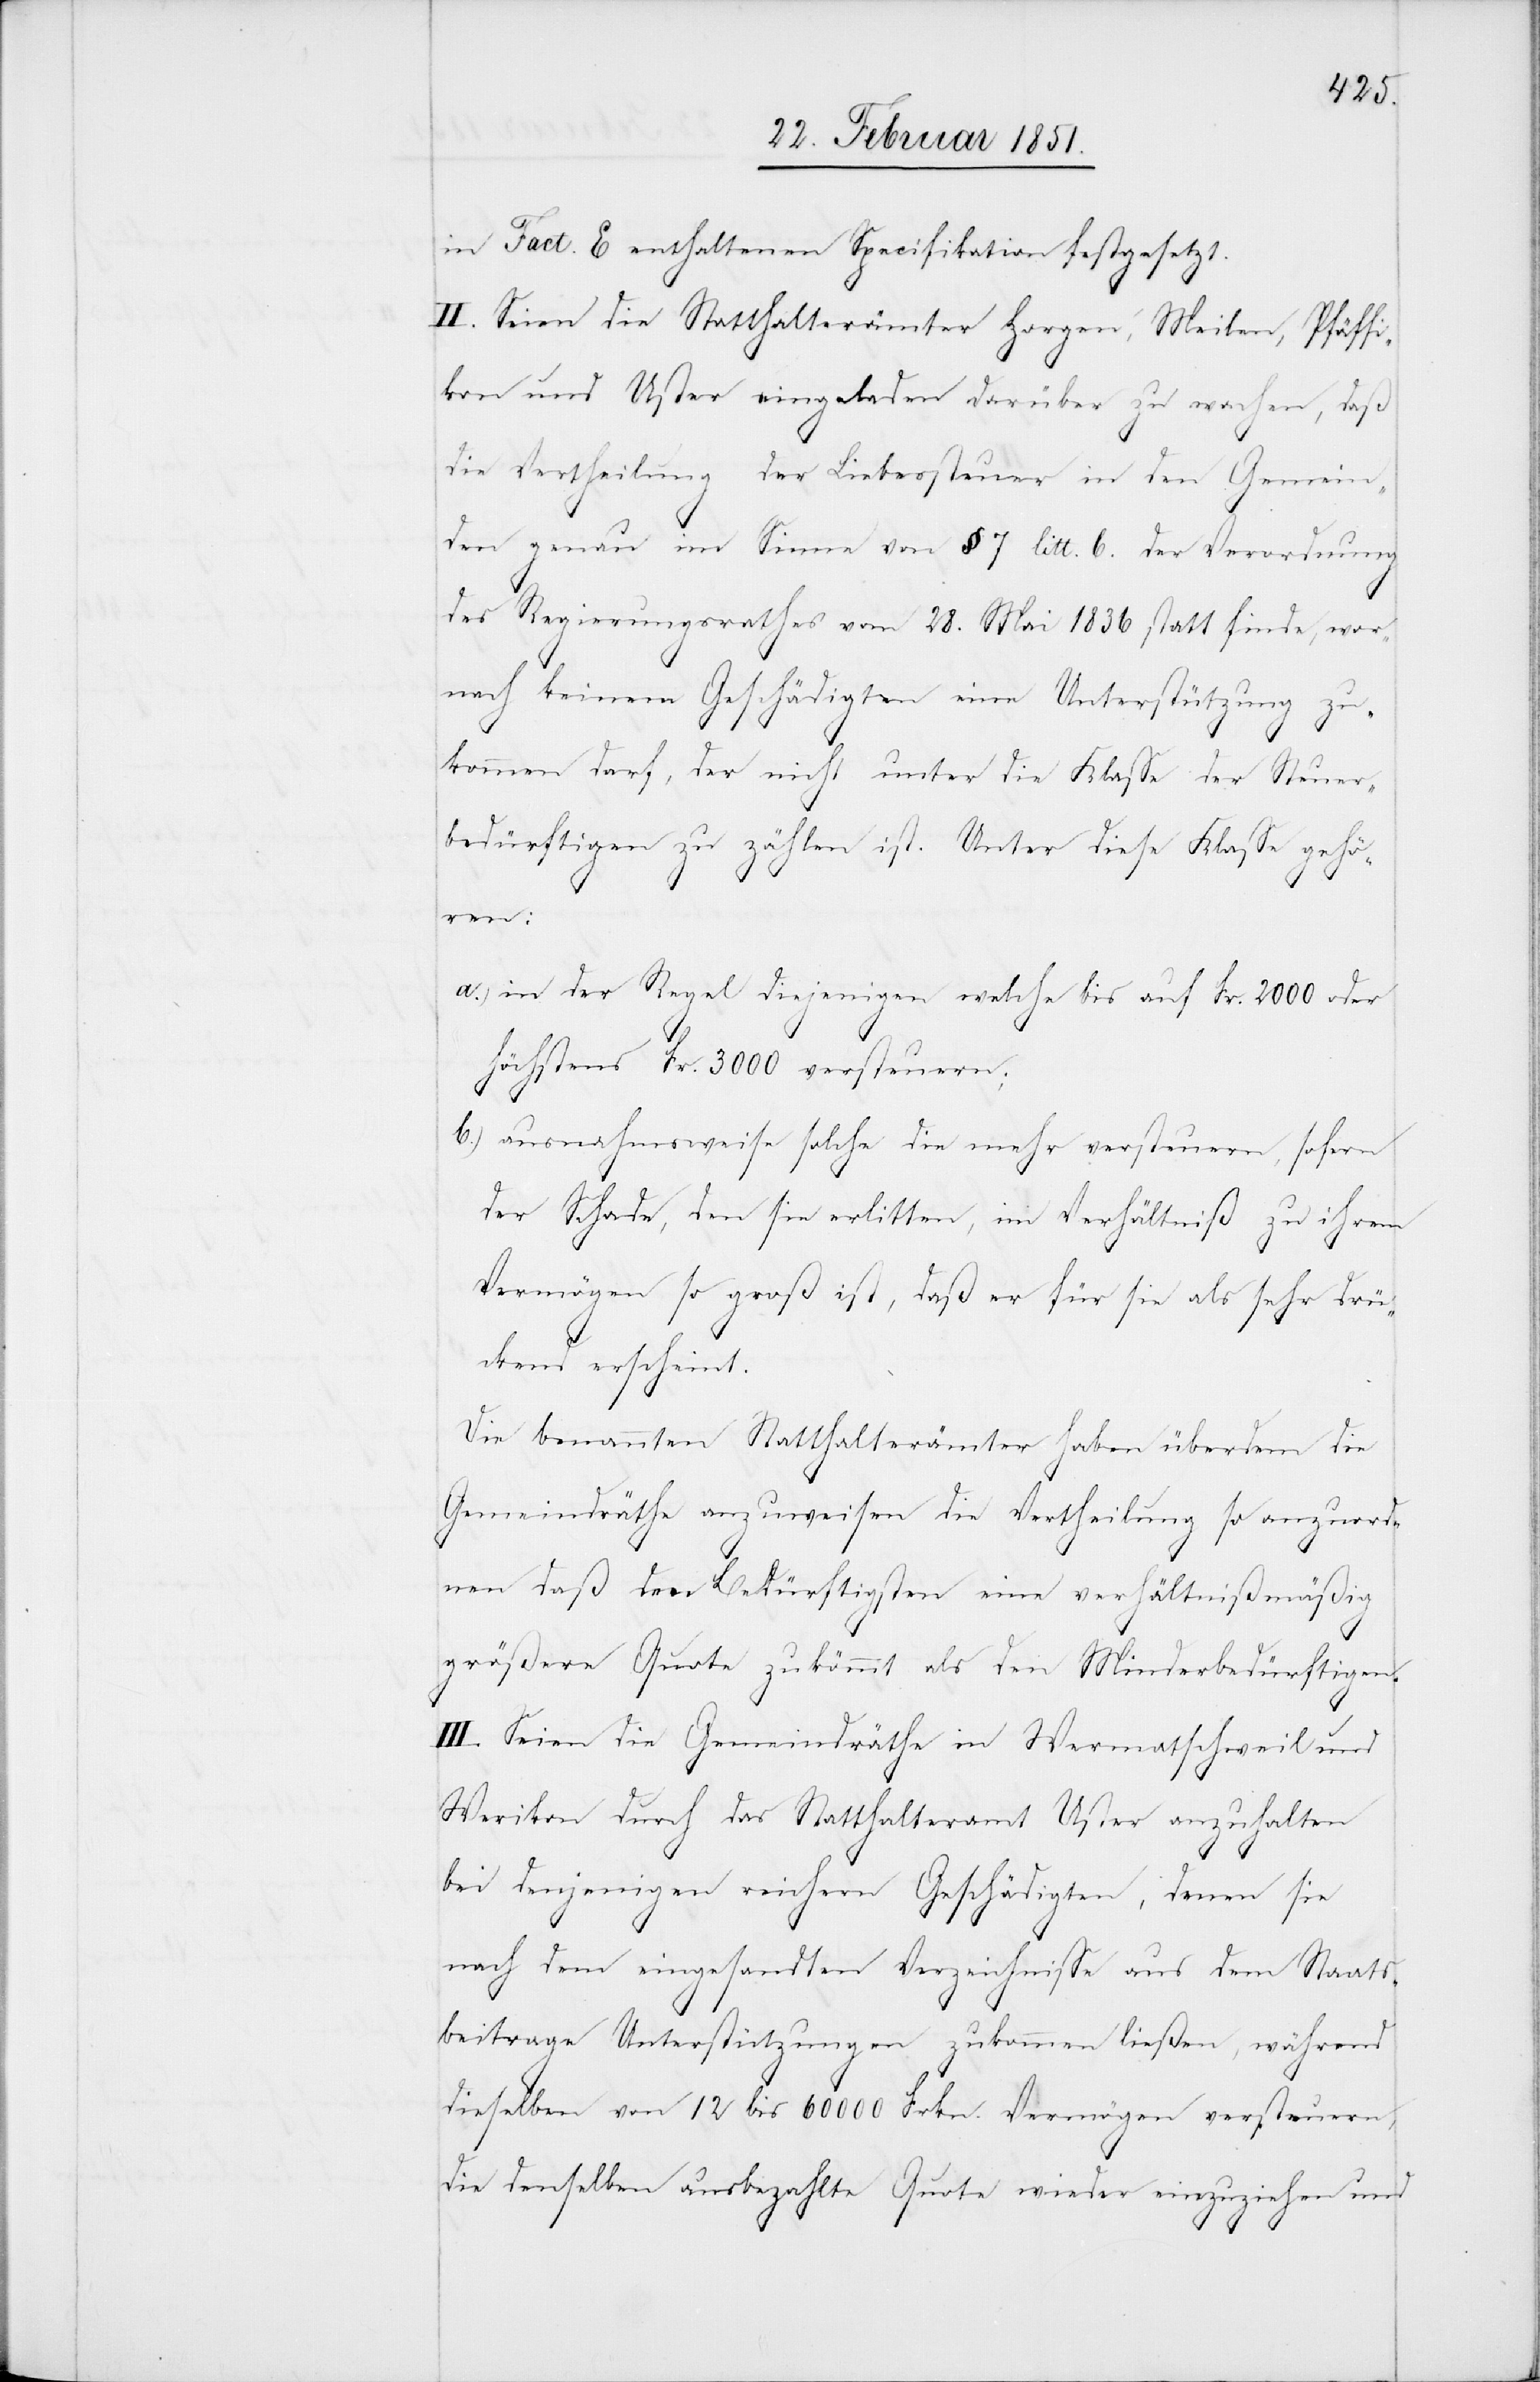
in Fact. E enthaltenen Specifikation festgesetzt.
II. Seien die Statthalterämter Horgen, Meilen, Pfäffi¬
kon und Uster eingeladen darüber zu wachen, daß
die Vertheilung der Liebessteuer in den Gemein¬
den genau im Sinne von § 7 litt. b. der Verordnung
des Regierungsrathes vom 28. Mai 1836 statt finde, wor¬
nach keinem Geschädigten eine Unterstützung zu¬
kommen darf, der nicht unter die Klasse der Steuer¬
bedürftigen zu zählen ist. Unter diese Klasse gehö¬
ren:
in der Regel diejenigen welche bis auf Fr. 2000 oder
höchstens Fr. 3000 versteuern;
ausnahmsweise solche die mehr versteuern, sofern
der Schade, den sie erlitten, im Verhältniß zu ihrem
Vermögen so groß ist, daß er für sie als sehr drü¬
ckend erscheint.
Die benannten Statthalterämter haben überdem die
Gemeindräthe anzuweisen die Vertheilung so anzuord¬
nen daß den Bedürftigsten eine verhältnißmäßig
größere Quote zukömmt als den Minderbedürftigen.
III. Seien die Gemeindräthe in Wermatschweil und
Werikon durch das Statthalteramt Uster anzuhalten
bei denjenigen reichern Geschädigten, denen sie
nach dem eingesandten Verzeichnisse aus dem Staats¬
beitrage Unterstützungen zukommen ließen, während
dieselben von 12 bis 60000 Frkn. Vermögen versteuern,
die denselben ausbezahlte Quote wieder einzuziehen und